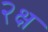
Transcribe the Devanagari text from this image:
२क्ष